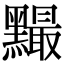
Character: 𪒙